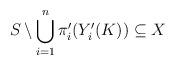
LaTeX: \begin{align*}S \setminus \bigcup_{i=1}^n \pi'_i (Y'_i(K)) \subseteq X\end{align*}